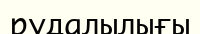
рудалылығы